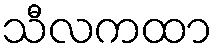
သီလကထာ